Indian journal of veterinary science and animal husbandry - Volume 13,
Year: 1943
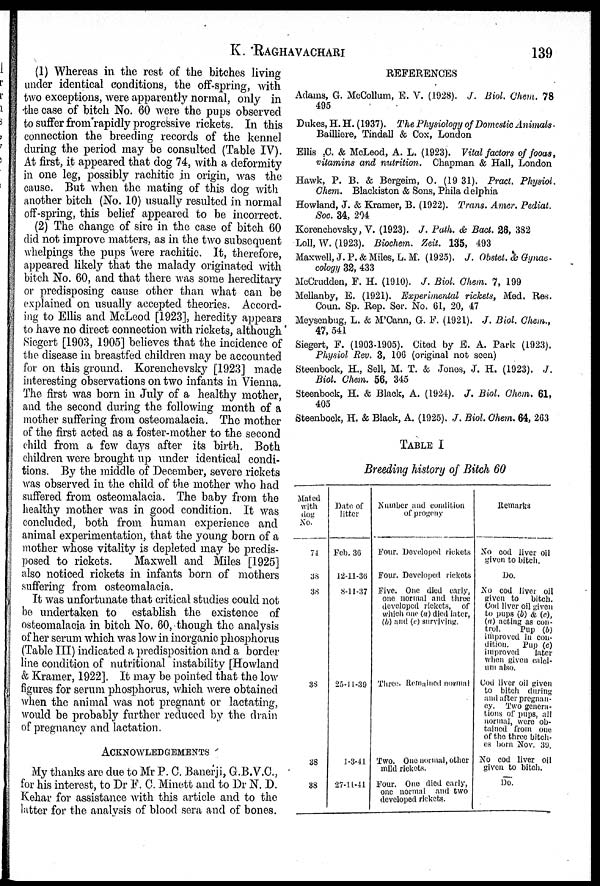
K. RAGHAVACHARI 139
(1) Whereas in the rest of the bitches living
under identical conditions, the off-spring, with
two exceptions, were apparently normal, only in
the case of bitch No. 60 were the pups observed
to suffer from rapidly progressive rickets. In this
connection the breeding records of the kennel
during the period may be consulted (Table IV).
At first, it appeared that dog 74, with a deformity
in one leg, possibly rachitic in origin, was the
cause. But when the mating of this dog with
another bitch (No. 10) usually resulted in normal
off-spring, this belief appeared to be incorrect.
(2) The change of sire in the case of bitch 60
did not improve matters, as in the two subsequent
whelpings the pups were rachitic. It, therefore,
appeared likely that the malady originated with
bitch No. 60, and that there was some hereditary
or predisposing cause other than what can be
explained on usually accepted theories. Accord-
ing to Ellis and McLeod [1923], heredity appears
to have no direct connection with rickets, although
Siegert [1903, 1905] believes that the incidence of
the disease in breastfed children may be accounted
for on this ground. Korenchevsky [1923] made
interesting observations on two infants in Vienna.
The first was born in July of a healthy mother,
and the second during the following month of a
mother suffering from osteomalacia. The mother
of the first acted as a foster-mother to the second
child from a few days after its birth. Both
children were brought up under identical condi-
tions. By the middle of December, severe rickets
was observed in the child of the mother who had
suffered from osteomalacia. The baby from the
healthy mother was in good condition. It was
concluded, both from human experience and
animal experimentation, that the young born of a
mother whose vitality is depleted may be predis-
posed to rickets.
Maxwell and Miles [1925]
also noticed rickets in infants born of mothers
suffering from osteomalacia.
It was unfortunate that critical studies could not
be undertaken to establish the existence of
osteomalacia in bitch No. 60, though the analysis
of her serum which was low in inorganic phosphorus
(Table III) indicated a predisposition and a border
line condition of nutritional instability [Howland
& Kramer, 1922]. It may be pointed that the low
figures for serum phosphorus, which were obtained
when the animal was not pregnant or lactating,
would be probably further reduced by the drain
of pregnancy and lactation.
ACKNOWLEDGEMENTS
My thanks are due to Mr P. C. Banerji, G.B.V.C.,
for his interest, to Dr F. C. Minett and to Dr N. D.
Kehar for assistance with this article and to the
latter for the analysis of blood sera and of bones.
REFERENCES
Adams, G. McCollum, E. V. (1928). J. Biol. Chem. 78
495
Dukes, H. H. (1937). The Physiology of Domestic Animals.
Bailliere, Tindall & Cox, London
Ellis C. & McLeod, A. L. (1923). Vital factors of fooas,
vitamins and nutrition. Chapman & Hall, London
Hawk, P. B. & Bergeim, O. (1931). Pract. Physiol.
Chem. Blackiston & Sons, Phila delphia
Howland, J. & Kramer, B. (1922). Trans. Amer. Pediat.
Soc. 34, 204
Korenchevsky, V. (1923). J. Path. & Bact. 26, 382
Loll, W. (1923). Biochem. Zeit. 135, 493
Maxwell, J. P. & Miles, L. M. (1925). J. Obstel. & Gynae-
cology 32, 433
McCrudden, F. H. (1910). J. Biol. Chem. 7, 199
Mellanby, E. (1921). Experimental rickets, Med. Res.
Coun. Sp. Rep. Ser. No. 61, 20, 47
Meysenbug, L. & M'Cann, G. F. (1921). J. Biol. Chem.,
47, 541
Siegert, F. (1903-1905). Cited by E. A. Park (1923).
Physiol Rev. 3, 106 (original not seen)
Steenbock, H., Sell, M. T. & Jones, J. H. (1923). J.
Biol. Chem. 56, 345
Steenbock, H. & Black, A. (1924). J. Biol. Chem. 61,
405
Steenbock, H. & Black, A. (1925). J. Biol. Chem. 64, 263
TABLE I
Breeding history of Bitch 60
Mated
with
dog
No.
74
38
38
38
38
38
Date of
litter
Feb. 36
12-11-36
8-11-37
25-11-39
1-3-41
27-11-41
Number and condition
of progcny
Four. Developed rickets
Four. Developed rickets
Five. One died early,
one normal and three
developed rickets, of
which one (a) died later,
(b) and (c) surviving.
Three Remained normal
Two. One normal, other
mild rickets.
Four. One died early,
one normal and two
developed rickets.
Remarks
No cod liver oil
given to bitch.
Do.
No cod liver oil
given to
bitch.
Cod liver oil given
to pups (b) & (c),
(a) acting as con-
trol.
Pup (b)
improved in con-
dition.
Pup (c)
improved
later
when given calci-
um also.
Cod liver oil given
to bitch during
and after pregnan-
cy. Two genera-
tions of pups, all
normal, were ob-
tained from one
of the three bitch-
es born Nov. 39.
No cod liver oil
given to bitch.
Do.